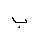
Letter: _ba